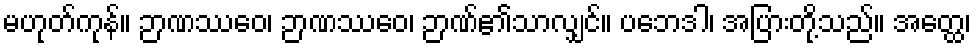
မဟုတ်ကုန်။ ဉာဏဿေဝ၊ ဉာဏဿေဝ၊ ဉာဏ်၏သာလျှင်။ ပဘေဒါ၊ အပြားတို့သည်။ အတ္ထေ၊